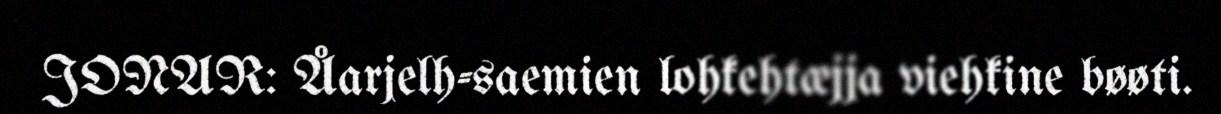
JONAR: Åarjelh-saemien lohkehtæjja viehkine bøøti.